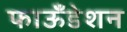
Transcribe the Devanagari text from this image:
फाऊँडेशन